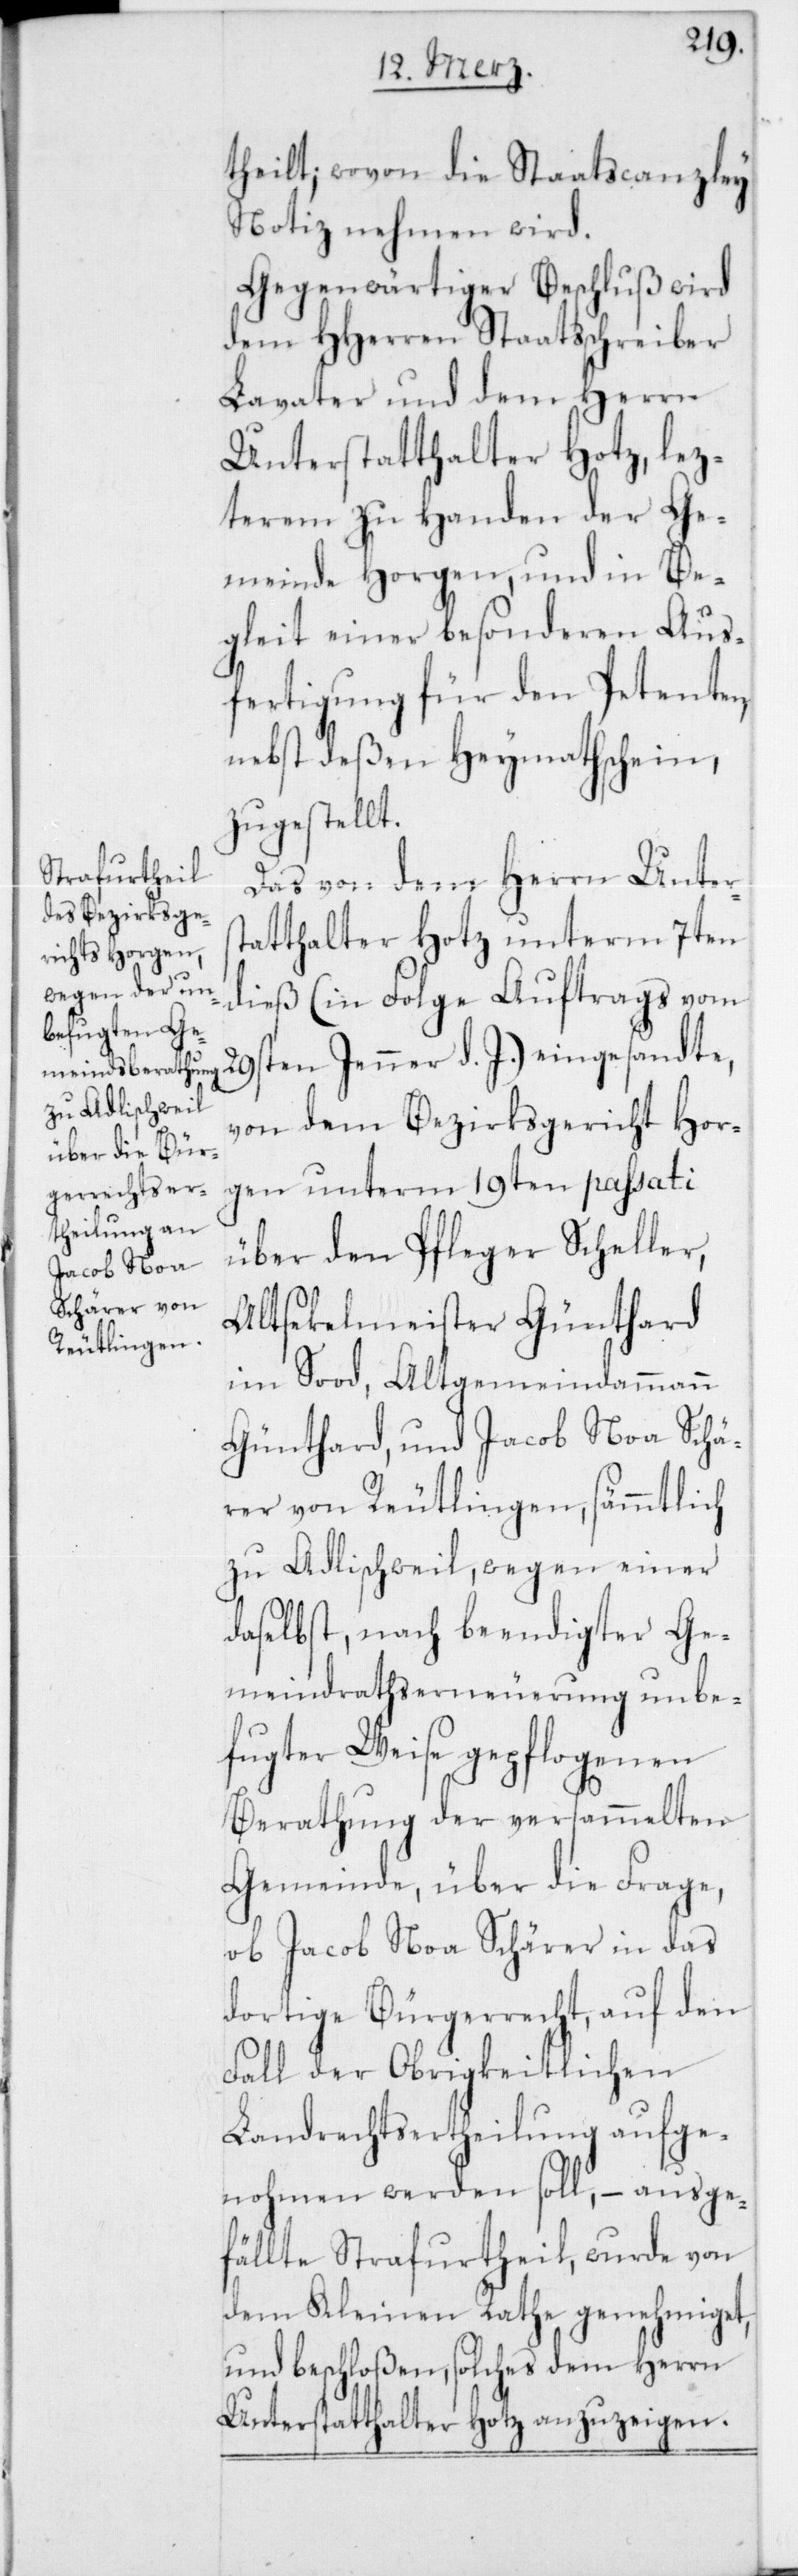
theilt; wovon die Staatscanzley
Notiz nehmen wird.
Gegenwärtiger Beschluß wird
dem HHerren Staatsschreiber
Lavater und dem Herrn
Unterstatthalter Hotz, lez¬
terem zu Handen der Ge¬
meinde Horgen, und in Be¬
gleit einer besonderen Aus¬
fertigung für den Petenten,
nebst deßen Heymathschein,
zugestellt.
Das von dem Herrn Unters¬
tatthalter Hotz unterm 7ten
dieß (in Folge Auftrags vom
29sten Jenner d. J.) eingesandte,
von dem Bezirksgericht Hor¬
gen unterm 19ten passati
über den Pfleger Scheller,
Altsekelmeister Günthard
im Sood, Altgemeindammann
Günthard, und Jacob Noa Schä¬
rer von Reutlingen, sämmtlich
zu Adlischweil, wegen einer
daselbst, nach beendigter Ge¬
meindrathserneuerung unbe¬
fugter Weise gepflogenen
Berathung der versammelten
Gemeinde, über die Frage,
ob Jacob Noa Schärer in das
dortige Bürgerrecht, auf den
Fall der Obrigkeitlichen
Landrechtsertheilung aufge¬
nohmen werden soll, – ausge¬
fällte Strafurtheil, wurde von
dem Kleinen Rathe genehmiget,
und beschloßen, solches dem Herrn
Unterstatthalter Hotz anzuzeigen.